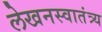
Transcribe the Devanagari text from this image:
लेखनस्वातंत्र्य